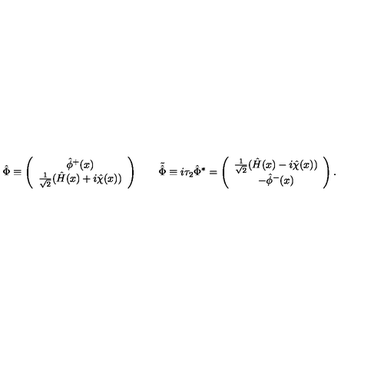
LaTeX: \hat { \Phi } \equiv \left( \begin{array} { c } { \hat { \phi } ^ { + } ( x ) } \\ { \frac 1 { \sqrt 2 } ( \hat { H } ( x ) + i \hat { \chi } ( x ) ) } \\ \end{array} \right) \qquad \tilde { \hat { \Phi } } \equiv i \tau _ { 2 } { \hat { \Phi } } ^ { * } = \left( \begin{array} { c } { \frac 1 { \sqrt 2 } ( \hat { H } ( x ) - i \hat { \chi } ( x ) ) } \\ { - \hat { \phi } ^ { - } ( x ) } \\ \end{array} \right) \/ .